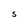
Character: S